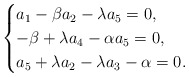
\begin{align*}\begin{cases}a_1-\beta a_2-\lambda a_5=0,\\-\beta +\lambda a_4-\alpha a_5=0,\\a_5+\lambda a_2-\lambda a_3-\alpha =0.\end{cases}\end{align*}